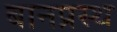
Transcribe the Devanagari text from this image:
बानप्रस्‍थ